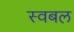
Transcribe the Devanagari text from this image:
स्वबल